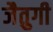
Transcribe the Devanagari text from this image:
जैतुगी